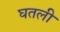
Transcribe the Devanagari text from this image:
घतली